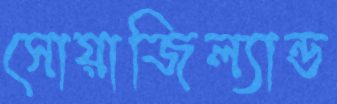
সোয়াজিল্যান্ড